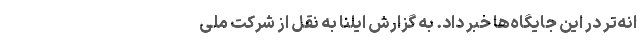
انه‌تر در این جایگاه‌ها خبر داد. به گزارش ایلنا به نقل از شرکت ملی